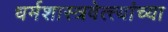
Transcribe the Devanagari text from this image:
धर्मशास्त्रवेत्त्यांच्या